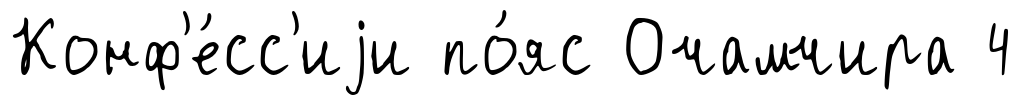
Конф'е́сс'иjи по́яс Очамчира 4